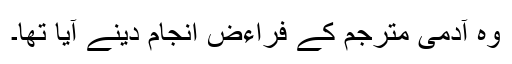
وہ آدمی مترجم کے فراءض انجام دینے آیا تھا۔